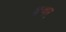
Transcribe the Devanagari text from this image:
क्ववार